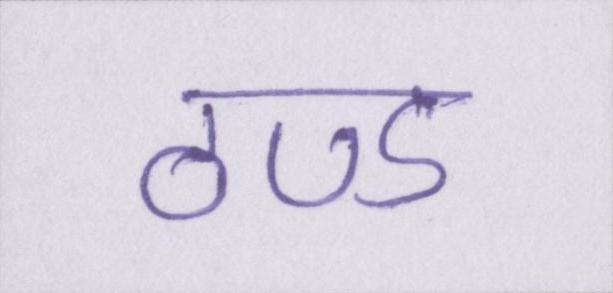
ठण्ड